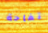
تفاحة